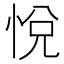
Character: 悅